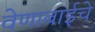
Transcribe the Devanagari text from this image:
वेणाबाईचे